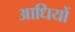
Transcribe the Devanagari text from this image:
आधियों